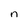
Character: n